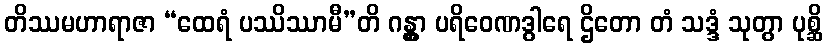
တိဿမဟာရာဇာ “ထေရံ ပဿိဿာမီ”တိ ဂန္တွာ ပရိဝေဏဒွါရေ ဌိတော တံ သဒ္ဒံ သုတွာ ပုစ္ဆိ